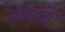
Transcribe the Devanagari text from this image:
सेनाजित्